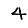
Digit: 4